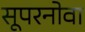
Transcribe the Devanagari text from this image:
सूपरनोवा